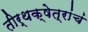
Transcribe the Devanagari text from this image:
तीर्थक्षेत्रांचं